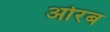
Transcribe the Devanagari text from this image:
ओरब